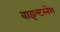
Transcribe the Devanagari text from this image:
वाइल्टरनेश